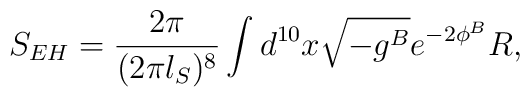
{S_{EH} = {2\pi \over (2\pi l_S)^8}  \int d^{10} x \sqrt{-g^{B}} e^{-2\phi^B} R ,}